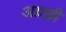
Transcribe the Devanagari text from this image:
अग्रण्री